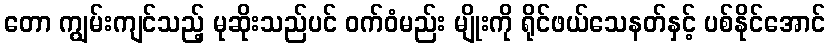
တော ကျွမ်းကျင်သည့် မုဆိုးသည်ပင် ဝက်ဝံမည်း မျိုးကို ရိုင်ဖယ်သေနတ်နှင့် ပစ်နိုင်အောင်